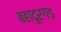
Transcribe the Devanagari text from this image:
बहादूरगड